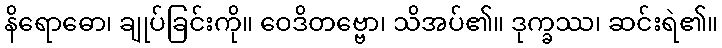
နိရောဓော၊ ချုပ်ခြင်းကို။ ဝေဒိတဗ္ဗော၊ သိအပ်၏။ ဒုက္ခဿ၊ ဆင်းရဲ၏။